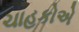
ચાહકોએ